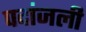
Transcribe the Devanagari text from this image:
पदांजली